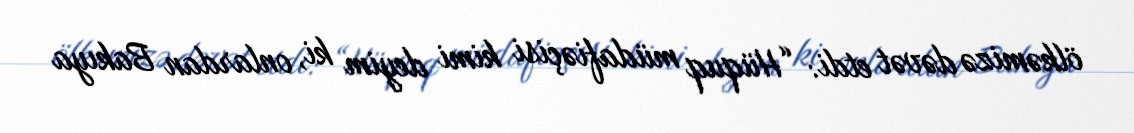
ölkəmizə dəvət etdi: “Hüquq müdafiəçisi kimi deyim ki, onlardan Bakıya